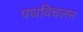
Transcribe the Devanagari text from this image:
पथविचलन